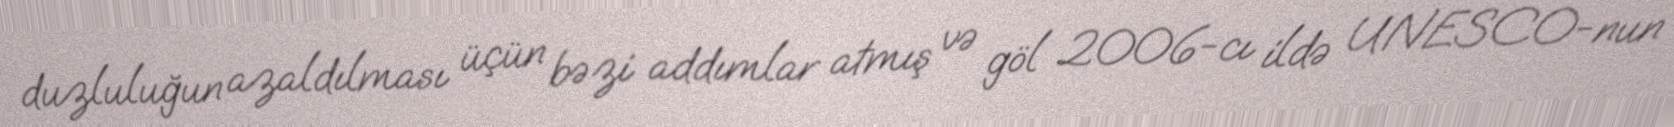
duzluluğun azaldılması üçün bəzi addımlar atmış və göl 2006-cı ildə UNESCO-nun